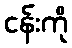
ငန်းကို